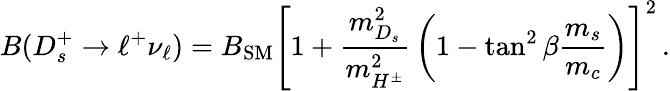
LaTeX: B(D_{s}^{+}\to\ell^{+}\nu_{\ell})=B_{\mathrm{SM}}\left[1+{\frac{m_{D_{s}}^{2}}{m_{H^{\pm}}^{2}}}\left(1-\tan^{2}\beta{\frac{m_{s}}{m_{c}}}\right)\right]^{2}\, .